Annual report of the Punjab Veterinary College and of the Civil Veterinary Department, Punjab - 1920-1925
Year: 1920
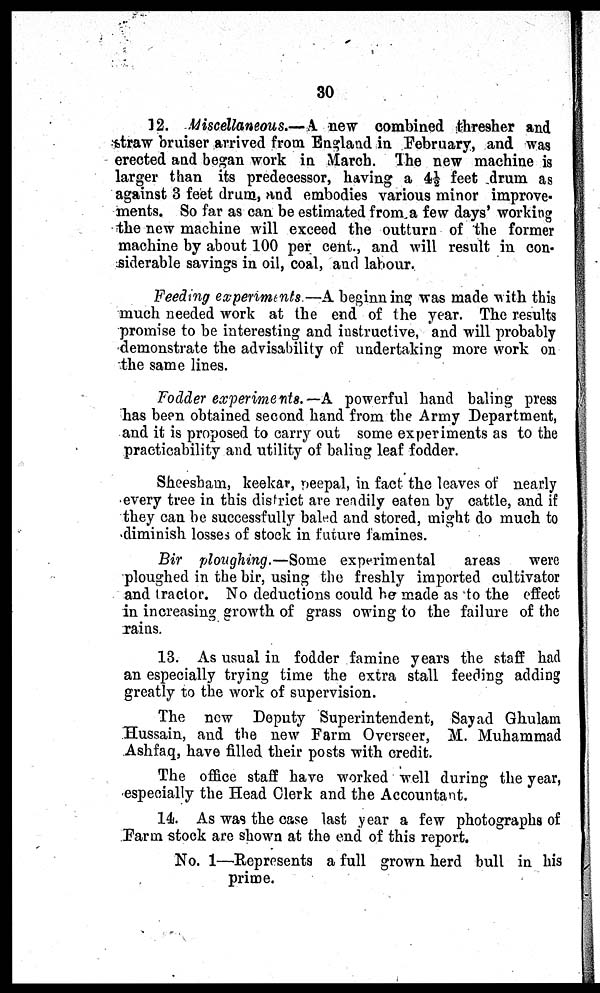
30
12. Miscellaneous.—A new combined thresher and
straw bruiser arrived from England in February, and was
erected and began work in March. The new machine is
larger than its predecessor, having a 4½ feet drum as
against 3 feet drum, and embodies various minor improve-
ments. So far as can be estimated from a few days' working
the new machine will exceed the outturn of the former
machine by about 100 per cent., and will result in con-
siderable savings in oil, coal, and labour.
Feeding experiments—A beginning was made with this
much needed work at the end of the year. The results
promise to be interesting and instructive, and will probably
demonstrate the advisability of undertaking more work on
the same lines.
Fodder experiments.—A powerful hand baling press
has been obtained second hand from the Army Department,
and it is proposed to carry out some experiments as to the
practicability and utility of baling leaf fodder.
Sheesbam, keekar, peepal, in fact the leaves of nearly
every tree in this district are readily eaten by cattle, and if
they can be successfully baled and stored, might do much to
diminish losses of stock in future famines.
Bir ploughing.—Some experimental
areas
were
ploughed in the bir, using the freshly imported cultivator
and tractor. No deductions could be made as to the effect
in increasing growth of grass owing to the failure of the
rains.
13. As usual in fodder famine years the staff had
an especially trying time the extra stall feeding adding
greatly to the work of supervision.
The new Deputy Superintendent, Sayad Ghulam
Hussain, and the new Farm Overseer, M. Muhammad
Ashfaq, have filled their posts with credit.
The office staff have worked well during the year,
especially the Head Clerk and the Accountant.
14. As was the case last year a few photographs of
Farm stock are shown at the end of this report.
No. 1—Represents a full grown herd bull in his
prime.